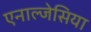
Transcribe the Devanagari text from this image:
एनाल्जेसिया